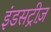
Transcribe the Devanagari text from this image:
इंडसट्रीज़